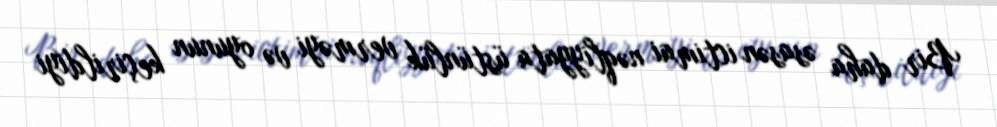
Bir daha əsasən ictimai nəqliyyata üstünlük verməyi və oyunun keçirildiyi